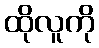
ထိုလူကို